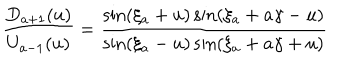
\frac { D _ { a + 1 } ( u ) } { U _ { a - 1 } ( u ) } = \frac { \sin ( \xi _ { a } + u ) \sin ( \xi _ { a } + a \gamma - u ) } { \sin ( \xi _ { a } - u ) \sin ( \xi _ { a } + a \gamma + u ) }